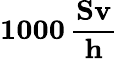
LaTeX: \boldsymbol{1000}\, \frac{\textbf{Sv}}{\textbf{h}}